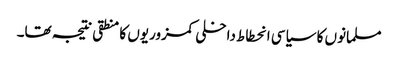
مسلمانوں کا سیاسی انحطاط داخلی کمزوریوں کا منطقی نتیجہ تھا۔